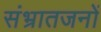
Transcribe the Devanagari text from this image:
संभ्रातजनों